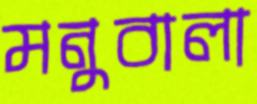
মনুবালা